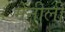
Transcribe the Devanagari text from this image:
मेंनीली